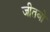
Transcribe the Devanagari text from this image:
जीतबो